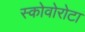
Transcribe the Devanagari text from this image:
स्कोवोरोटा